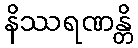
နိဿရဏန္တိ